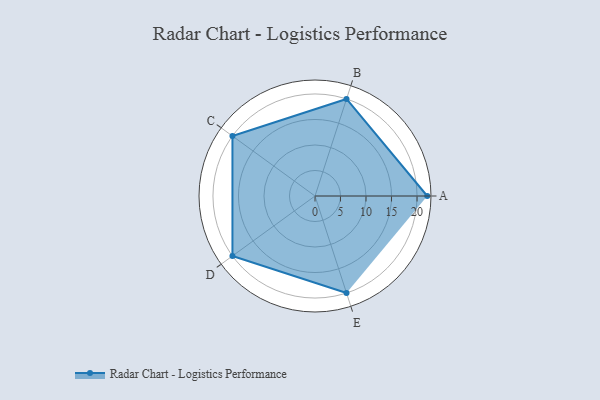
{"axis": {"x": "Skill", "y": "Score"}, "legend": ["Profile"], "data": [{"x": "A", "y": 22.0, "type": "Profile"}, {"x": "B", "y": 20.0, "type": "Profile"}, {"x": "C", "y": 20, "type": "Profile"}, {"x": "D", "y": 20, "type": "Profile"}, {"x": "E", "y": 20, "type": "Profile"}]}